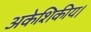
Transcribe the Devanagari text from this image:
अकेशिकीय।